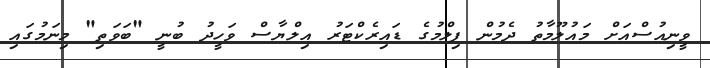
ވީނިއުސްއަށް މައުލޫމާތު ދެމުން ފިލްމުގެ ޑައިރެކްޓަރު އިލްޔާސް ވަހީދު ބުނީ "ބަވަތި" މިނަމުގައި